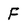
Character: F